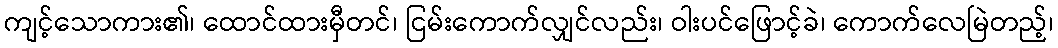
ကျင့်သောကား၏၊ ထောင်ထားမှီတင်၊ ငြမ်းကောက်လျှင်လည်း၊ ဝါးပင်ဖြောင့်ခဲ၊ ကောက်လေမြဲတည့်၊